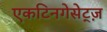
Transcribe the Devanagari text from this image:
एकटिनगेसेट्ज़